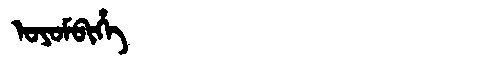
Manchu: ᠣᠶᠣᠮᠪᡳᡥᡝ
Romanization: OYOMBIHE